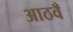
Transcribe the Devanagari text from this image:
आठवँ